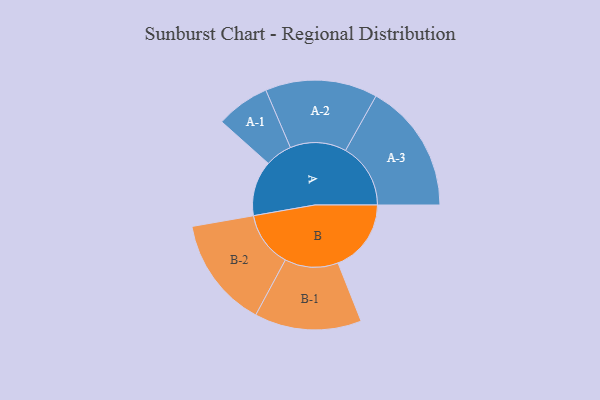
{"axis": {"x": "Segment", "y": "Value"}, "legend": ["", "A", "B"], "data": [{"x": "A", "y": 253, "type": ""}, {"x": "B", "y": 335, "type": ""}, {"x": "A-1", "y": 123, "type": "A"}, {"x": "A-2", "y": 257, "type": "A"}, {"x": "A-3", "y": 298, "type": "A"}, {"x": "B-1", "y": 245, "type": "B"}, {"x": "B-2", "y": 254, "type": "B"}]}